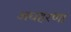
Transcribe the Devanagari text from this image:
अघहरणा